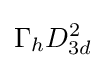
\Gamma _{h}D_{3d}^{2}